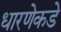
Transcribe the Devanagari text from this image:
धारणेकडे